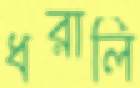
ধরালি